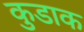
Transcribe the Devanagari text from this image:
कुडाक